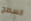
السطح